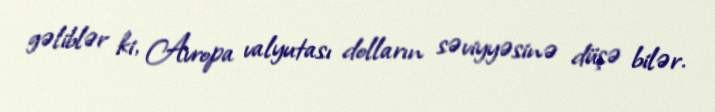
gəliblər ki, Avropa valyutası dolların səviyyəsinə düşə bilər.